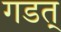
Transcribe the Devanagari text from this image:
गडत्